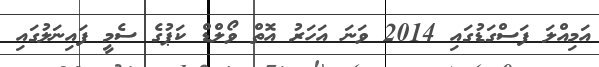
އަމިއްލަ ފަސްގަޑުގައި 2014 ވަނަ އަހަރު އޮތް ވޯލްޑް ކަޕުގެ ސެމީ ފައިނަލުގައި